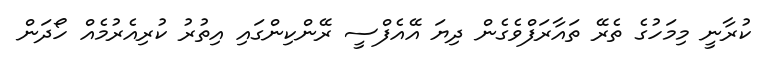
ކުރާނީ މިމަހުގެ ތެރޭ ތައާރަފްވެގެން ދިޔަ އޭއެފްސީ ރޭންކިންގައި އިތުރު ކުރިއެރުމެއް ހޯދަން